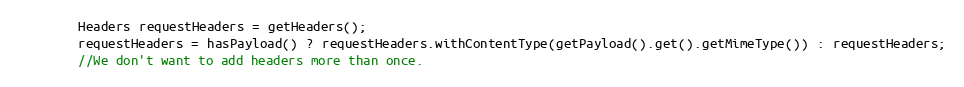
Language: Java
        Headers requestHeaders = getHeaders();
        requestHeaders = hasPayload() ? requestHeaders.withContentType(getPayload().get().getMimeType()) : requestHeaders;
        //We don't want to add headers more than once.